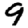
Digit: 9